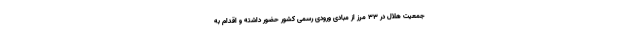
جمعیت هلال در ۳۳ مرز از مبادی ورودی رسمی کشور حضور داشته و اقدام به